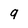
Character: 9